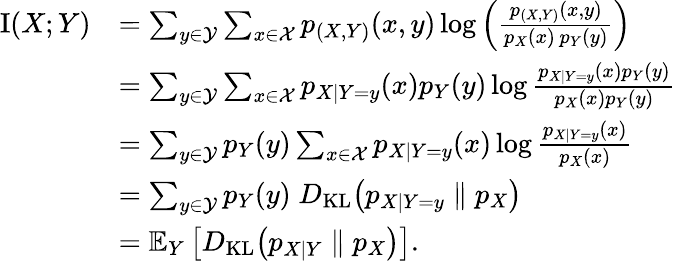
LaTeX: {\begin{array}{rl}{\operatorname{I}(X;Y)}&{=\sum_{y\in{\mathcal{Y}}}\sum_{x\in{\mathcal{X}}}{p_{(X,Y)}(x,y)\log\left({\frac{p_{(X,Y)}(x,y)}{p_{X}(x)\, p_{Y}(y)}}\right)}}\\ &{=\sum_{y\in{\mathcal{Y}}}\sum_{x\in{\mathcal{X}}}p_{X\mid Y=y}(x)p_{Y}(y)\log{\frac{p_{X\mid Y=y}(x)p_{Y}(y)}{p_{X}(x)p_{Y}(y)}}}\\ &{=\sum_{y\in{\mathcal{Y}}}p_{Y}(y)\sum_{x\in{\mathcal{X}}}p_{X\mid Y=y}(x)\log{\frac{p_{X\mid Y=y}(x)}{p_{X}(x)}}}\\ &{=\sum_{y\in{\mathcal{Y}}}p_{Y}(y)\; D_{\mathrm{KL}}\! \left(p_{X\mid Y=y}\parallel p_{X}\right)}\\ &{=\mathbb{E}_{Y}\left[D_{\mathrm{KL}}\! \left(p_{X\mid Y}\parallel p_{X}\right)\right].}\end{array}}